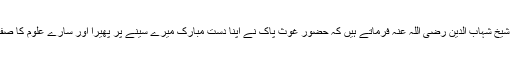
حضرت شیخ شہاب الدین رضی اللہ عنہ فرماتے ہیں کہ حضور غوث پاک نے اَپنا دستِ مبارک میرے سینے پر پھیرا اور سارے علوم کا صفایا ہوگیا۔